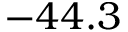
- 4 4 . 3